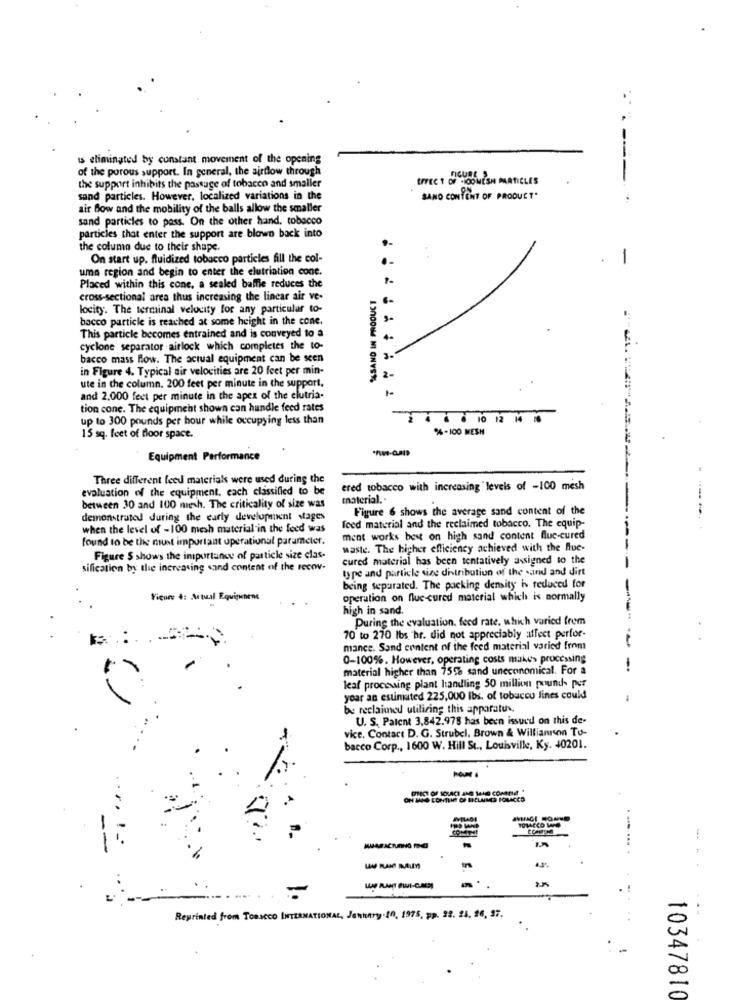
is eliminated by constant movement of the opening
of the porous support. In general, the airflow through
the support inhibits the passage of tobacco and smaller
LITEC 1 OF CIOOMESH PARTICLES
sand particles. However, localized variations in the
BANO CONTENT OF PRODUCT'
----
air Bow and the mobility of the balls allow the smaller
sand particles to pass. On the other hand, tobacco
particles that enter the support are blown back into
the column due to their shape.
On start up. fluidized tobacco particles fill the col-
-
uma region and begin to enter the elutriation cone.
Placed within this cone, a sealed baffle reduces the
cross-sectional area thus increasing the linear air ve-
locity. The terminal velocity for any particular to-
bacco particle is reached at some height in the cone.
This particle becomes entrained and is conveyed to a
cyclone separator airlock which completes the to-
bacco mass flow. The actual equipment can be seen
3-
in Figure 4. Typical air velocities are 20 feet per min-
ute in the column. 200 feet per minute in the support.
and 2,000 feet per minute in the apex of the clutria-
tion cone. The equipment shown can handle feed rates
up to 300 pounds per hour while occupying less than
4 . 6 10 12 MM
%-100 MESH
15 sq. feet of floor space.
Equipment Performance
Three different feed materials were used during the
evaluation of the equipment, each classified to be
ered tobacco with increasing levels of -100 mesh
material ..
between 30 and 100 mesh. The criticality of size was
Figure 6 shows the average sand content of the
demonstrated during the early development stages
when the level of -100 mesh material in the feed was
feed material and the reclaimed tobacco. The equip-
found to be the most important operational parameter.
ment works best on high sand content fluc-cured
waste. The higher efficiency achieved with the flue-
Figure $ shows the importance of particle size clas-
cured material has been tentatively assigned to the
sification by the increasing sand content of the recowv-
type and particle size distribution of the sand and dirt
being separated. The packing demity is reduced for
Figure 4: Actual Equiquenene
operation on flue-cured material which is normally
high in sand.
During the evaluation. feed rate, which varied frem
70 to 270 lbs hr. did not appreciably affect perfor-
mance. Sand content of the feed material varied from
0-100%. However, operating costs mukes processing
material higher than 75% sand uneconomical. For a
leaf processing plant handling 50 million pounds per
yoar an estimated 225,000 lbs. of tobucou lines could
be reclaimed utilizing this apparatus,
U. S. Patent 3,842.978 has been issued on this de-
vice, Contact D. G. Strubel. Brown & Williannon To-
bacco Corp ., 1600 W. Hill St ., Louisville, Ky. 40201.
COMPAL
-
-
Reprinted from TOBACCO INTERNATIONAL, Jenhary .10, 1975, pp. 22. 24, 26, 37.
10347810